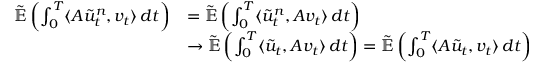
\begin{array} { r l } { \tilde { \ensuremath { { \mathbb E } } } \left( \int _ { 0 } ^ { T } \langle A \tilde { u } _ { t } ^ { n } , v _ { t } \rangle \, d t \right) } & { = \tilde { \ensuremath { { \mathbb E } } } \left( \int _ { 0 } ^ { T } \langle \tilde { u } _ { t } ^ { n } , A v _ { t } \rangle \, d t \right) } \\ & { \rightarrow \tilde { \ensuremath { { \mathbb E } } } \left( \int _ { 0 } ^ { T } \langle \tilde { u } _ { t } , A v _ { t } \rangle \, d t \right) = \tilde { \ensuremath { { \mathbb E } } } \left( \int _ { 0 } ^ { T } \langle A \tilde { u } _ { t } , v _ { t } \rangle \, d t \right) } \end{array}